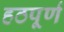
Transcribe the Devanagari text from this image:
हठपूर्ण